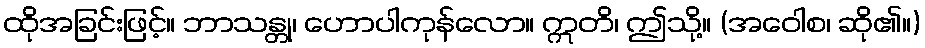
ထိုအခြင်းဖြင့်။ ဘာသန္တု၊ ဟောပါကုန်လော။ ဣတိ၊ ဤသို့။ (အဝေါစ၊ ဆို၏။)